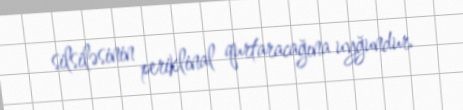
silsiləsinin periklinal qurtaracağına uyğundur.